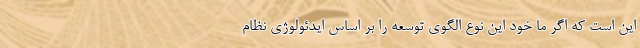
اين است كه اگر ما خود اين نوع الگوي توسعه را بر اساس ايدئولوژي نظام